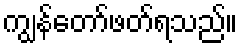
ကျွန်တော်ဖတ်ရသည်။